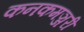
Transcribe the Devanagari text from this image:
कनकमञ्जरी